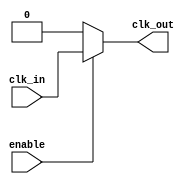
module clock_buffer(
    input wire clk_in,
    input wire enable,
    output wire clk_out
);
    // Simple buffer cell
    wire clk_buf;

    assign clk_buf = clk_in; // Buffering the input clock

    // Clock gating logic
    assign clk_out = enable ? clk_buf : 1'b0; // Output clock gated by enable signal

endmodule